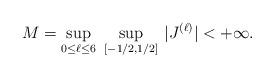
LaTeX: \begin{align*} M = \sup_{0 \leq \ell \leq 6}\,\, \sup_{ [-1/2, 1/2]} \, |J^{(\ell)}|<+\infty .\end{align*}